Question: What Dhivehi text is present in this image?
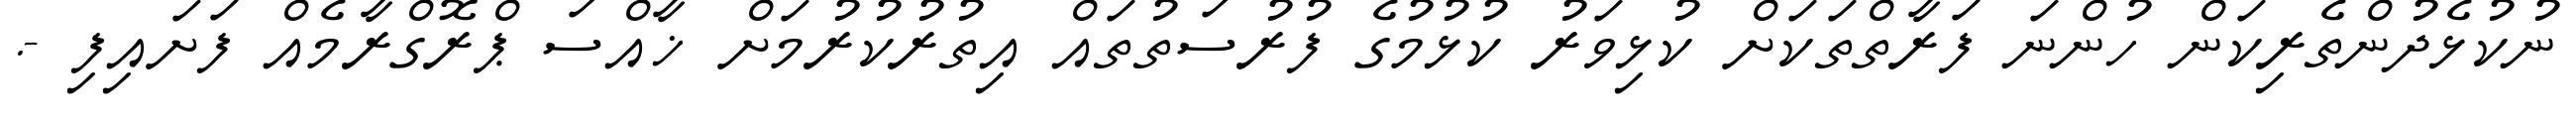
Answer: ނުކުޅެދުންތެރިކަން ހުންނަ ފަރާތްތަކަށް ކުޅިވަރު ކުޅުމުގެ ފުރުސަތުތައް އިތުރުކުރުމަށް ޚާއްސަ ޕްރޮގްރާމެއް ފަށައިފި -.